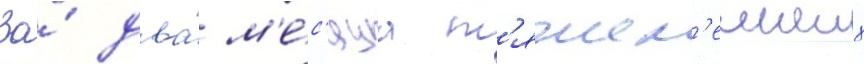
За́ два́ м'е́с'яца т'яжел'еиших